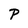
Character: P